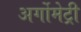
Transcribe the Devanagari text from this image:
अर्गोमेट्री